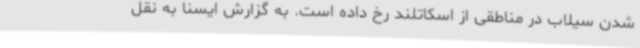
شدن سیلاب در مناطقی از اسکاتلند رخ داده است. به گزارش ایسنا به نقل